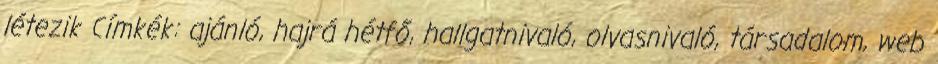
létezik Címkék: ajánló, hajrá hétfő, hallgatnivaló, olvasnivaló, társadalom, web